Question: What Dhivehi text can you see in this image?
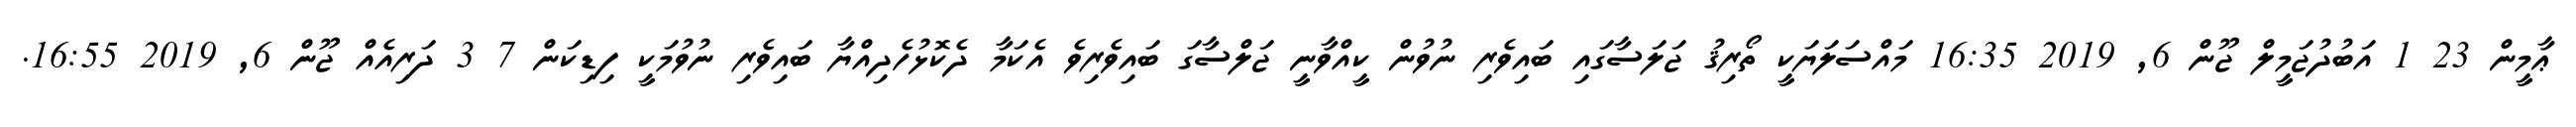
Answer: ޢާމީން 23 1 އަބުދުޖަމީލް ޖޫން 6, 2019 16:35 މައްސަލަޔަކީ ތޯރިޤު ޖަލަސާގައި ބައިވެރި ނުވުން ކީއްވާނީ ޖަލްސާގަ ބައިވެރިވެ އެކަމާ ދެކޮޅުހެދިއްޔާ ބައިވެރި ނުވުމަކީ ފިޑިކަން 7 3 ދަރިއެއް ޖޫން 6, 2019 16:55.